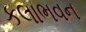
કલાભવન